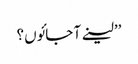
’’لینے آ جائوں؟